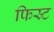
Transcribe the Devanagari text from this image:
फिस्र्ट